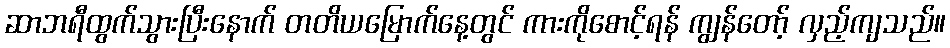
ဆာဘရီထွက်သွားပြီးနောက် တတိယမြောက်နေ့တွင် ကားကိုစောင့်ရန် ကျွန်တော့် လှည့်ကျသည်။